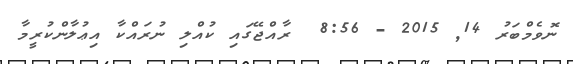
ނޮވެމްބަރު 14